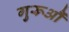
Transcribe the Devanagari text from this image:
गुरूऔं